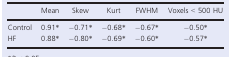
<table><thead><tr><td></td><td><b>Mean</b></td><td><b>Skew</b></td><td><b>Kurt</b></td><td><b>FWHM</b></td><td><b>Voxels &lt; 500 HU</b></td></tr></thead><tbody><tr><td>Control</td><td>0.91a</td><td>−0.71a</td><td>−0.68a</td><td>−0.67a</td><td>−0.50a</td></tr><tr><td>HF</td><td>0.88a</td><td>−0.80a</td><td>−0.69a</td><td>−0.60a</td><td>−0.57a</td></tr></tbody></table>